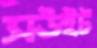
সউইট